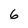
Character: 6